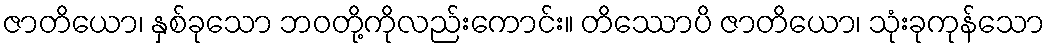
ဇာတိယော၊ နှစ်ခုသော ဘဝတို့ကိုလည်းကောင်း။ တိဿောပိ ဇာတိယော၊ သုံးခုကုန်သော